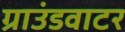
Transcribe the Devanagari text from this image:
ग्राउंडवाटर